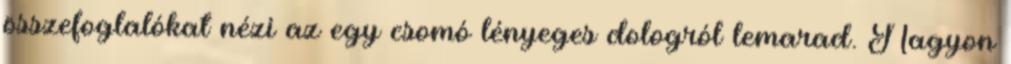
összefoglalókat nézi az egy csomó lényeges dologról lemarad. Nagyon